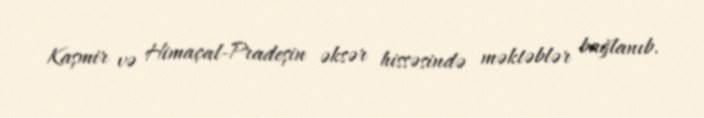
Kaşmir və Himaçal-Pradeşin əksər hissəsində məktəblər bağlanıb.